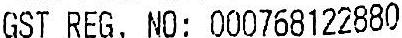
GST REG. NO: 000768122880